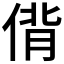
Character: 偝